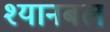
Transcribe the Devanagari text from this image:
श्यानबल